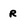
Character: r